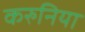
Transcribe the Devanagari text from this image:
करुनिया